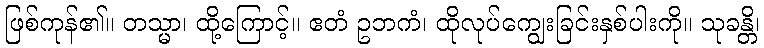
ဖြစ်ကုန်၏။ တသ္မာ၊ ထို့ကြောင့်။ ဧတံ ဥဘကံ၊ ထိုလုပ်ကျွေးခြင်းနှစ်ပါးကို။ သုခန္တိ၊